Lunatic asylums Madras 1892-1911 - 1892-1911
Year: 1892
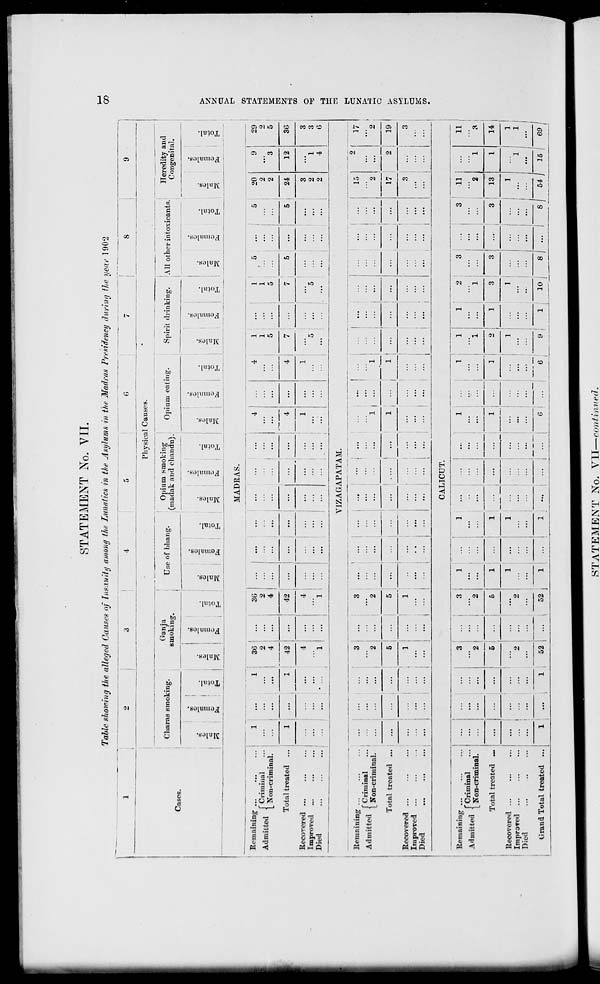
STATEMENT No. VII.
Table showing the alleged Causes of Insanity among the Lunatics in the Asylums in the Madras Presidency during the year 1902
oo
1
2
i
3
•
4
5
6
!
8
9
Cases.
Physics 1 Causes.
Opium eat in?-
Spii
Cliaras smoking.
Ganja
smoking
1
Use • of bliang.
Opium smoking
(maclak and chandu).
it drinking.
All other into> ;icants.
"5
o
E-
Heredity and
Congenital.
a.
O
cr
?5
.
1
oc
S
—
D
O
|
fa
H
DO
G
"3
DO
a
"3
1 1
■3
o
EH
2
DC
S
o
fa
EH
■X
O
5
"3
r-5
£
£
a
£
fa
H
DO
S
fa
o
EH
ai
0
c
1 3
*
s
<■•
fa
3
o
EH
X
5
fa
CO
o
—
S
S
fa
o
>
MADRAS.
>
f
Remaining
Admitted f? T
rimiu^.
,-
I Non-criminal.
1
1
36 i ...
4
...
36
2
4 I :::
...
4
4
1
...
4
;;;
1
...
1
5
I
1
1
5
5
...
5
...
20
2
2
9
" 3
29
2
5
h3
Total treated ...
Recovered ...
Improved
Died
1
I
42 1 ...
1
42
...
...
...
4
7
7
5
...
5
24
12
36
a «
...
.
1
...
,- 'i! ...
4
...
...
...
...
...
1
5
...
5
...
...
...
3
2
2
1
4
3
3
6
c
>=El
t-3
VIZAGAPATAM.
tH
o
Remaining ...
A,I™V<.„/] fCriminal
Admitted < „
...
[_ Non-criminal.
Total treated ...
Recovered ...
Improved ...
Died
...
...
3
...
2 ! ...
i
3
2
...
...
:::
::: : :::
1 1 ...
1 ...
1
...
! ...
...
; -
• _ ! '
2
2
17
-2
...
5
5
...
...
i
1
1
...
...
i
17
2 1
19
>
CO
...
... 1 : :::
1
...
...
...
...
... i ... i ...
...
.';;
::: | ::: i :::
1
...
j
...
3
3
... i ...
... | ...
tH
CO
CALICUT.
Remaining ...
Art "ft rt f Criminal
l_ Non-criminal.
Total treated ...
Recovered ...
Improved ...
Died
...
...
3 ;
...
2
3
2
i
i
1
...
...
...
...
1
...
...
1
:::
""i
1
...
2
3
1
...
...
... 3
i
11
2
1
11
...
3
...
...
5
...
5
2
i
1
...
...
1
...
G
...
]
2
1
3
3
...
3
13
1
1
14
...
.
2
...
...
1
...
...
...
...
Tj
1
...
1
:::
... ,
:::
'" i
1
ll
1
... 1
Grand Total treated ...
1
1
52
52
1
... i
1
...
9
1
10 j
8 | ... !
A 54 / 15 / 69 j
STATEMENT No. VII—-continued.